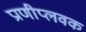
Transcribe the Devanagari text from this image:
प्राणीप्लवक